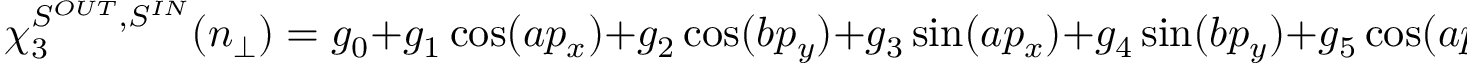
\chi _ { 3 } ^ { S ^ { O U T } , S ^ { I N } } ( n _ { \perp } ) = g _ { 0 } + g _ { 1 } \cos ( a p _ { x } ) + g _ { 2 } \cos ( b p _ { y } ) + g _ { 3 } \sin ( a p _ { x } ) + g _ { 4 } \sin ( b p _ { y } ) + g _ { 5 } \cos ( a p _ { x } - b p _ { y } ) + g _ { 6 } \sin ( a p _ { x } - b p _ { y } )